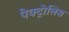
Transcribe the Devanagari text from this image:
पेक्ट्रोलिस